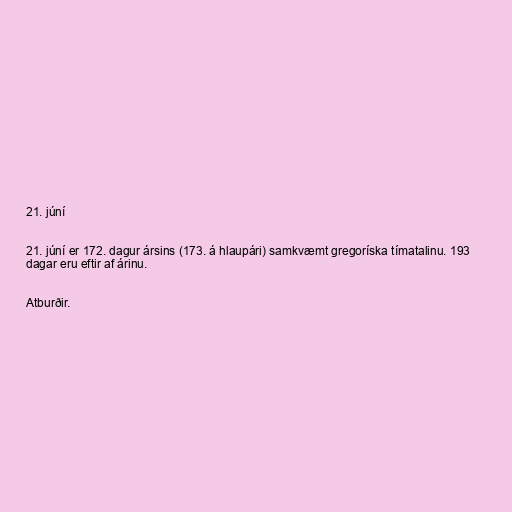
21. júní

21. júní er 172. dagur ársins (173. á hlaupári) samkvæmt gregoríska tímatalinu. 193
dagar eru eftir af árinu.

Atburðir.